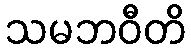
သမဘဝီတိ